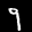
Label: 9